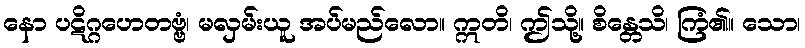
နော ပဋိဂ္ဂဟေတဗ္ဗံ၊ မလှမ်းယူ အပ်မည်လော။ ဣတိ၊ ဤသို့။ စိန္တေသိ၊ ကြံ၏။ သော၊